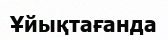
Ұйықтағанда